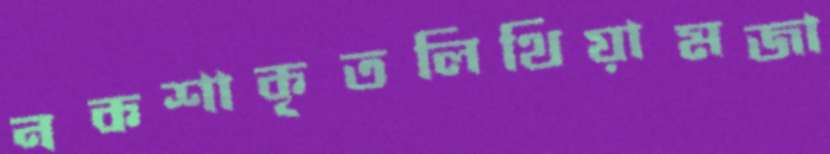
নকশাকৃতলিথিয়ামজা